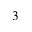
_ 3